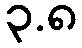
၃.၈